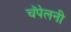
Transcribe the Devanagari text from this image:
चॅपेलनी